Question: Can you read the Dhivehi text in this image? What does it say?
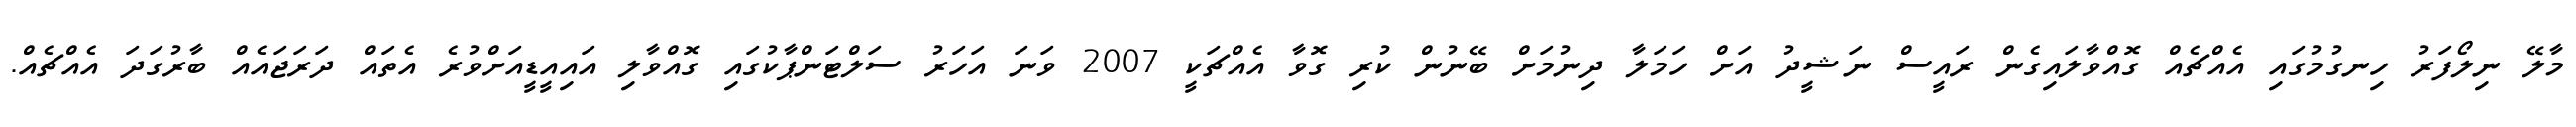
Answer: މާލޭ ނިލޯފަރު ހިނގުމުގައި އެއްޗެއް ގޮއްވާލައިގެން ރައީސް ނަޝީދު އަށް ހަމަލާ ދިނުމަށް ބޭނުން ކުރި ގޮވާ އެއްޗަކީ 2007 ވަނަ އަހަރު ސަލްޓަންޕާކުގައި ގޮއްވާލި އައިއީޑީއަށްވުރެ އެތައް ދަރަޖައެއް ބާރުގަދަ އެއްޗެއް.